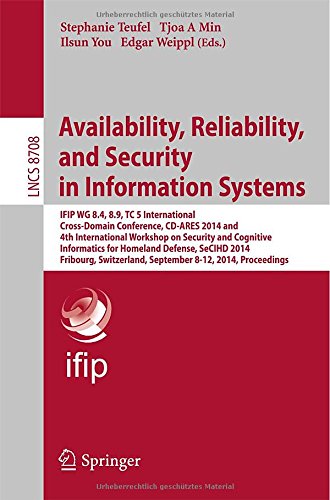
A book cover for Availability, Reliability, and Security in Information Systems: IFIP WG 8.4, 8.9, TC 5 International Cross-Domain Conference, CD-ARES 2014 and 4th ... Applications, incl. Internet/Web, and HCI); Computers & Technology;